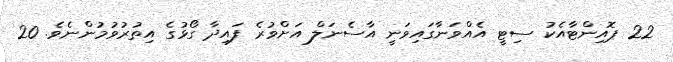
22 ޕޮއިންޓާއެކު ސިޓީ އެއްވަނާގައިވަނީ އާސެނަލް އަށްވުރެ ފައިދާ ގޯޅުގެ އިތުރުވުމުންނެވެ. 20